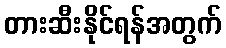
တားဆီးနိုင်ရန်အတွက်